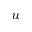
_ { u }